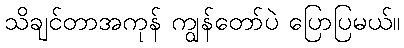
သိချင်တာအကုန် ကျွန်တော်ပဲ ပြောပြမယ်။